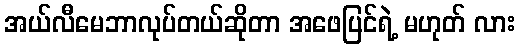
အယ်လီမေဘာလုပ်တယ်ဆိုတာ အဖေပြင်ရဲ့ မဟုတ် လား